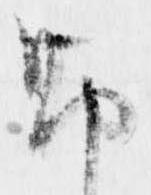
勘